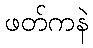
ဖတ်ကနဲ